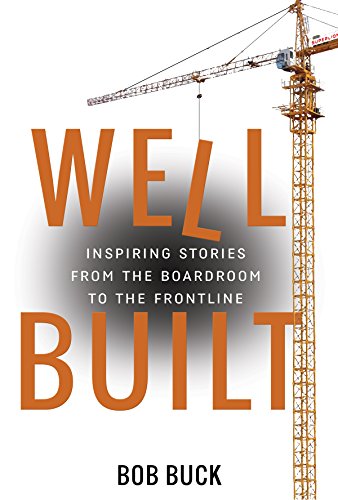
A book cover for Well Built: Inspiring Stories from the Boardroom to the Frontline; Bob Buck; Business & Money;